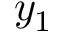
y _ { 1 }